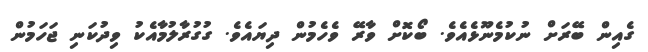
ގެއިން ބޭރަށް ނުކުމެނޫޅެއެވެ. ބޯކޮށް ވާރޭ ވެހެމުން ދިޔައެވެ. ގުގުރާލުމާއެކު ވިދުކަނި ޖަހަމުން